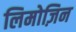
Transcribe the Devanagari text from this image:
लिमोज़िन